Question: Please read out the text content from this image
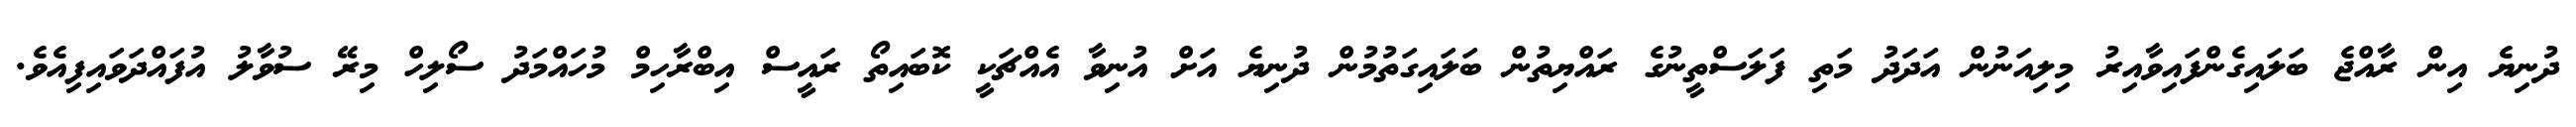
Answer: ދުނިޔެ އިން ރާއްޖެ ބަލައިގެންފައިވާއިރު މިލިއަނުން އަދަދު މަތި ފަލަސްތީނުގެ ރައްޔިތުން ބަލައިގަތުމުން ދުނިޔެ އަށް އުނިވާ އެއްޗަކީ ކޮބައިތޯ ރައީސް އިބްރާހިމް މުހައްމަދު ސޯލިހް މިރޭ ސުވާލު އުފައްދަވައިފިއެވެ.